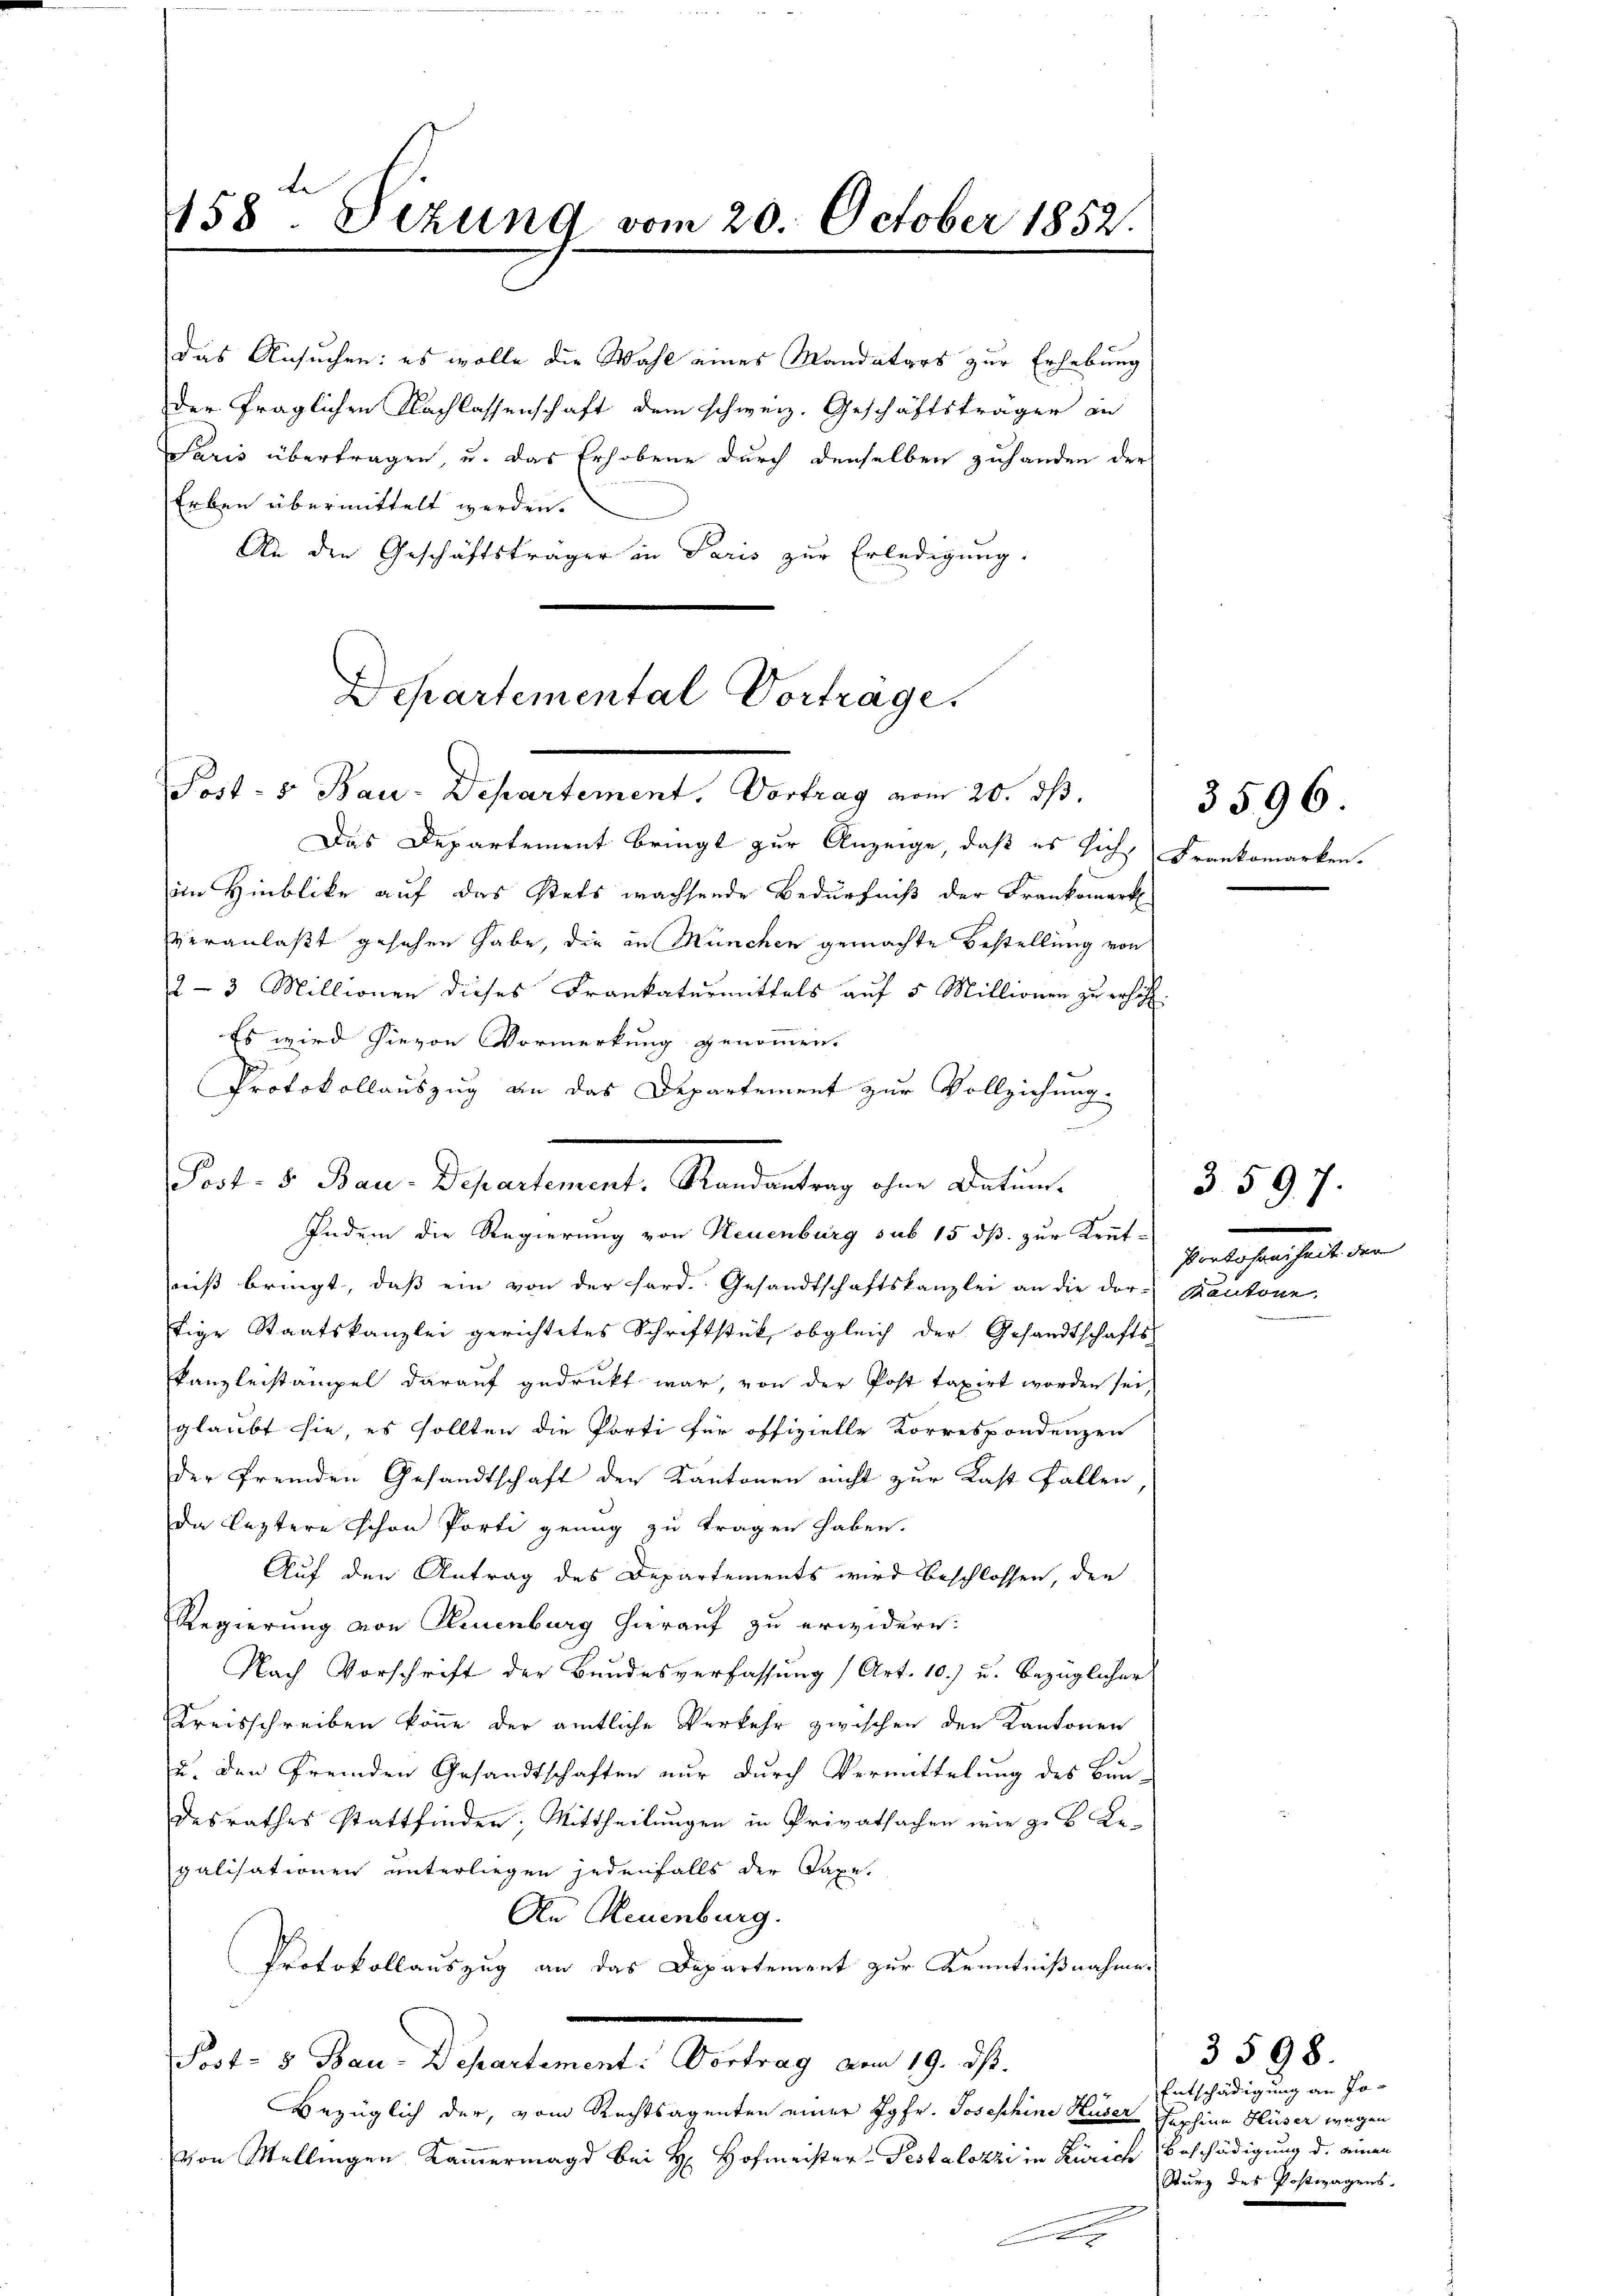
158. Sizung vom 20. October 1852.

das Ansuchen: es wolle die Wahl eines Mandatars zur Erhebung
der fraglichen Nachlassenschaft dem schweiz. Geschäftsträger an
Paris übertragen, u. das Erhobene durch denselben zuhanden der
Erben übermittelt werden.
An den Geschäftsträger in Paris zur Erledigung.
Departemental Vortrage.

Post- 5. Bau-Departement. Vortrag vom 20. dβ.

Das Departement bringt zur Anzeige, daß es sich,
iin Hinblicke auf das stets wachsende Bedürfniß der Frankomark
veranlaßt gesehen habe, die in München gemachte Bestellung von
2-3 Millionen dieses Frankaturmittels auf 5 Millionen zu erhöh
Es wird hievon Vormerkung genommen.
Protokollauszug an das Departement zur Vollziehung
Indem die Regierung von Neuenburg sub 15 dß. zur Kennt-
niß bringt, daß ein von der Ferd. Gesandtschaftskanzlei an die dor-Baukone,
tige Staatskanzlei gerichtetes Schriftstück, obgleich der Gesandtschafts-
kanzleistämpel darauf gedruckt war, von der Post taxirt worden sei,
glaubt sie, es sollten die Porti für offizielle Korrespondenzen
der fremden Gesandtschaft der Kantonen nicht zur Last fallen
da leztere schon Porti genug zu tragen haben.
Auf den Antrag des Departements wird beschlossen, den
Regierung von Neuenburg hierauf zu erwidern:
Nach Vorschrift der Bundesverfassung (Art. 10.) u. bezüglicher
Kreisschreiben könne der amtliche Verkehr zwischen den Kantonen
u. den fremden Gesandtschaften nur durch Vermittelung des Bun-
desrathes stattfinden, Mittheilungen in Privatsachen wie z. B. Legalisationen unterliegen jedenfalls der Taxe.
An Neuenburg.
Protokollauszug an das Departement zur Kenntnißnahme.
Post- & Bau-Departement: Vortrag vom 19. ds.
Bezüglich der, vom Rechtsagenten einer Jgfr. Josephine Huser Hephine Hüser wegen
von Mellingen Kammermagd bei H. Hofmeister- Pestalozzi in Zürich Beschädigung d. einen
A

Prot. v. Bau-Departement. Standentrag ihre Datums

Frankomarken.

3596

3597.
enrechenheit den

Entschädigung an Jo-
Sturz des Postwagens.

3598.